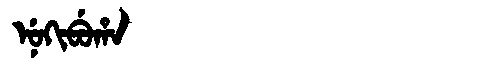
Manchu: ᠨᡠᡴᡳᠪᡠᡥᠠ
Romanization: NUKIBUHA